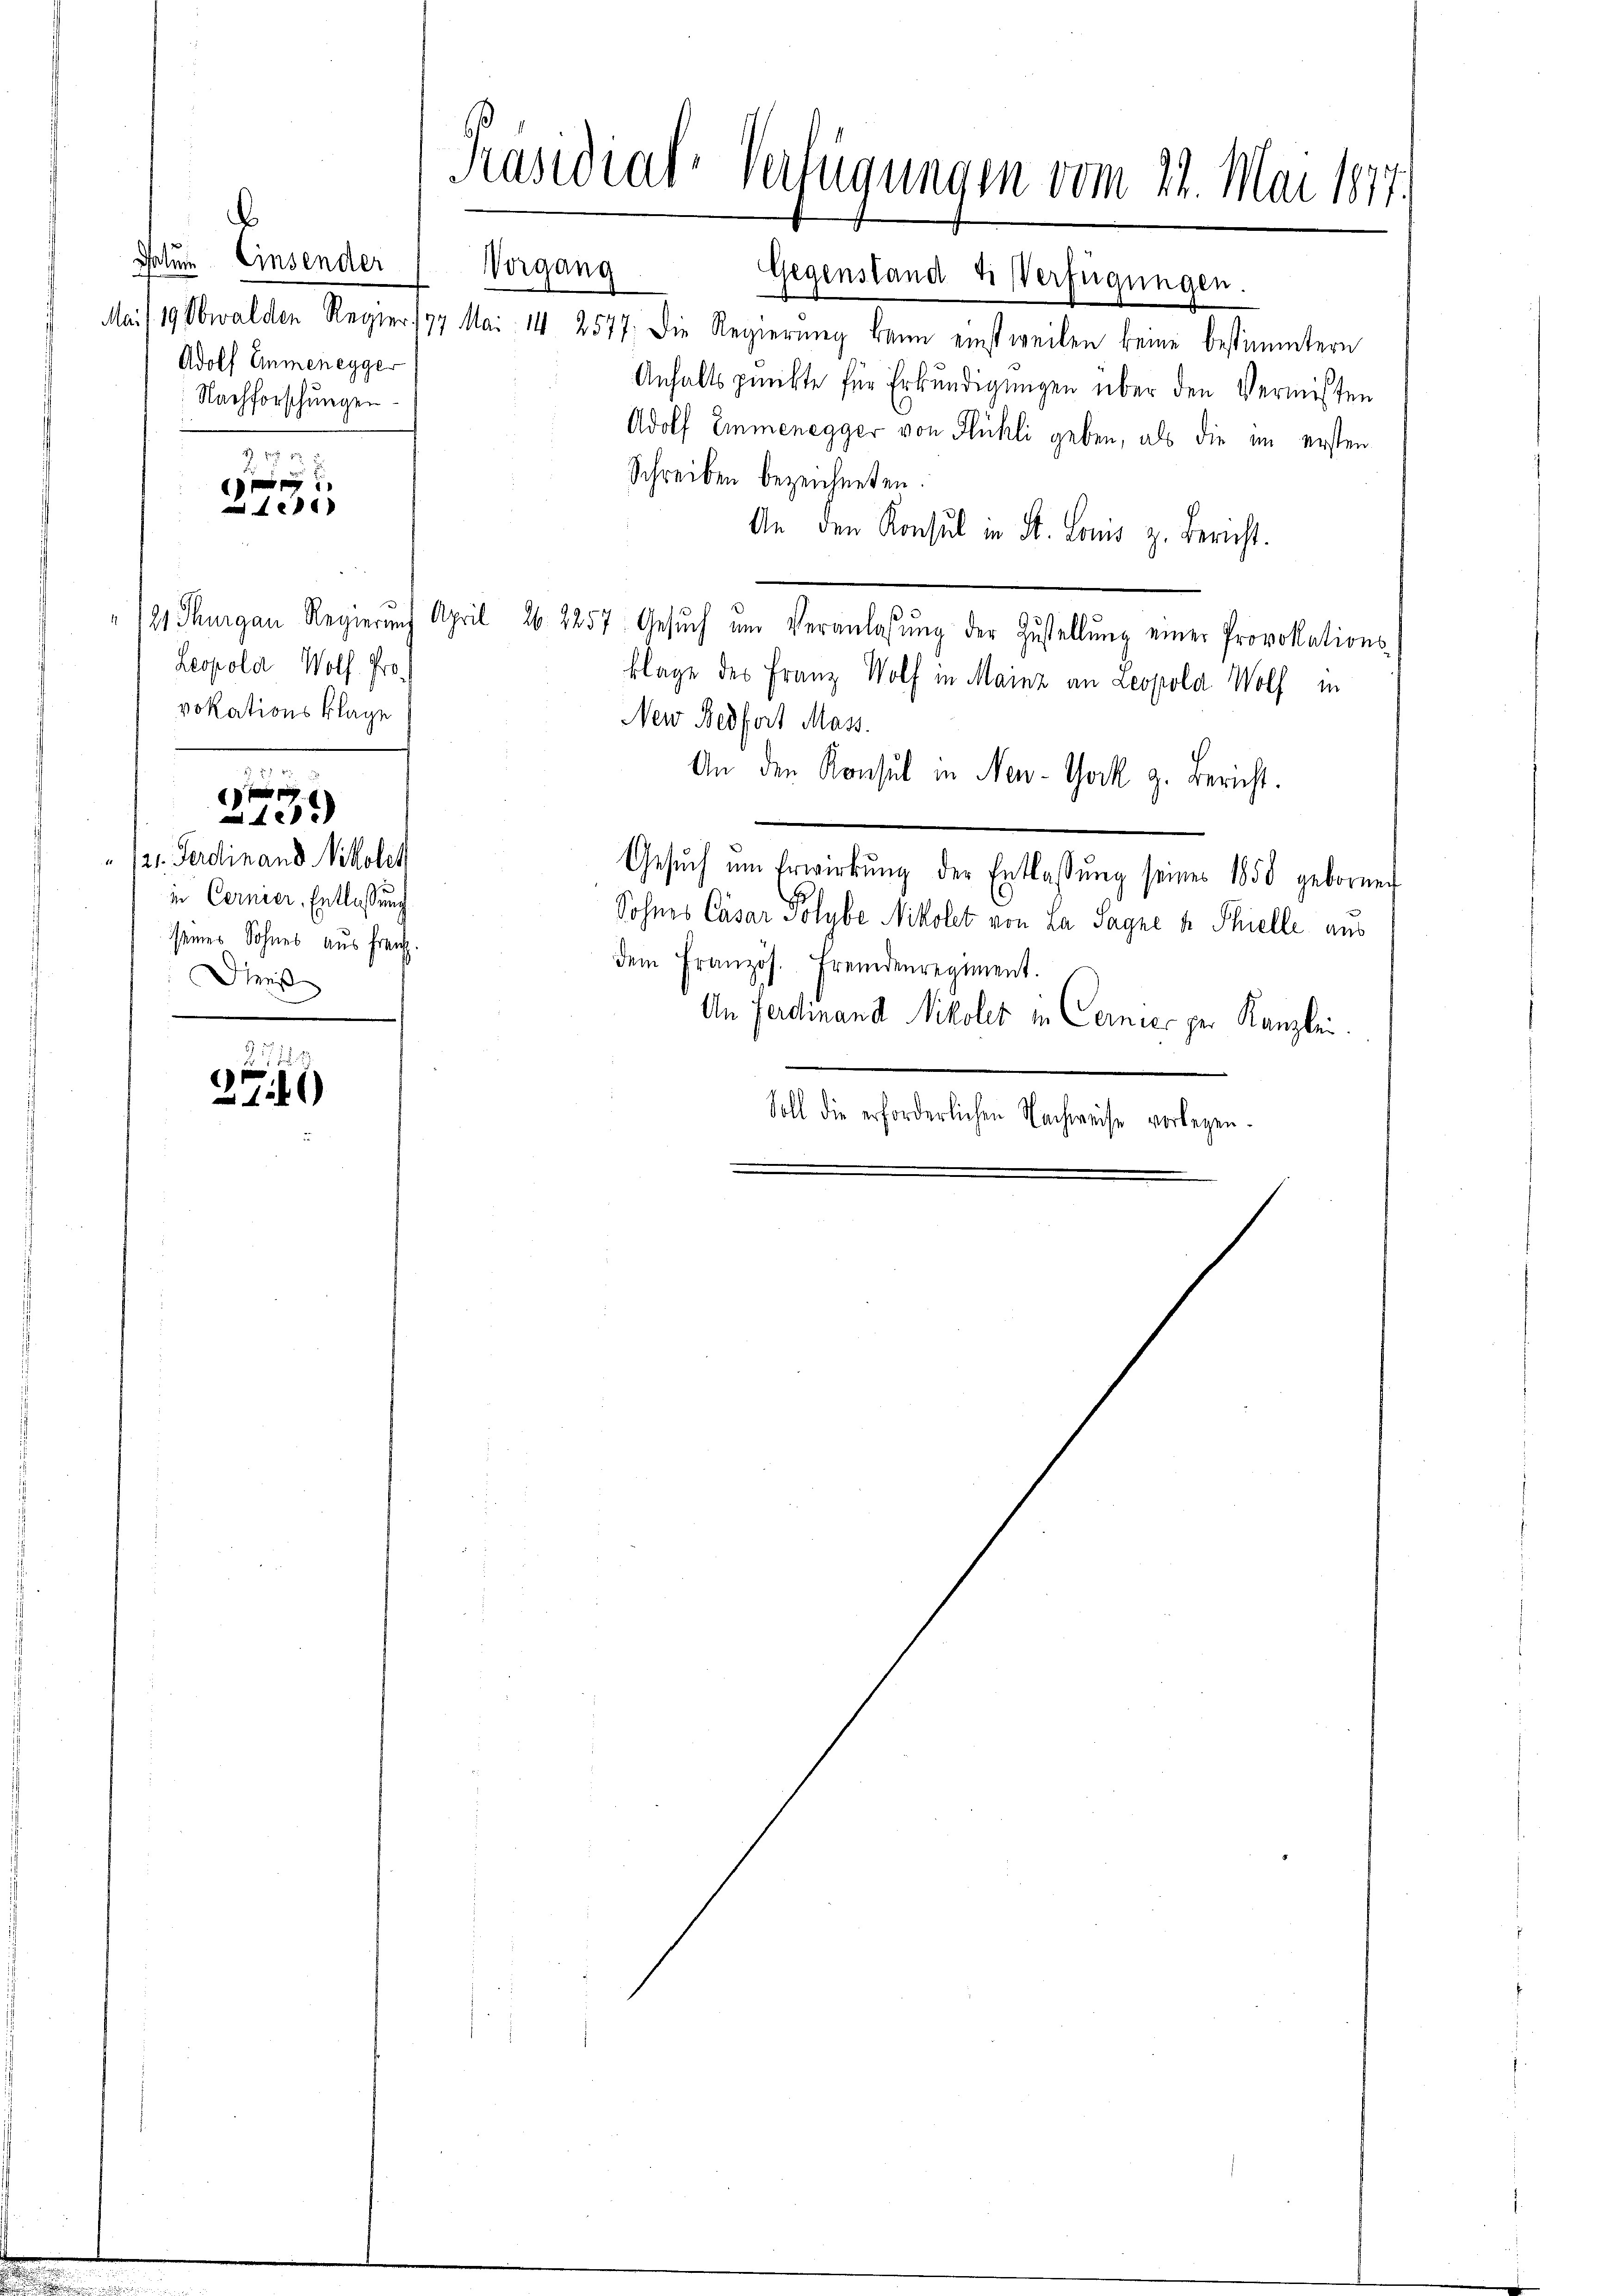
.
datum Einsender
Adolf Emmenegger
Nachforschungen.

e

Leopola Wolf. Pro
vokationsklage

/21. Ferdinand Nikolet
in Cernier, Entlassung
seines Sohnes aus freut.
Drei

t
Z 1255)

2

Präsidial-Verfügungen vom 22. Mai 1877.

Gegenstand & Verfügungen.
Mai/19. Obwalden Regier 177 Mai 14 2577. Die Regierung kann einstweilen keine bestimmtern
Anhaltspunkte für Erkundigungen über den Vermißten
Adolf Emmenegger von Flühli geben, als die im ersten
Schreiben bezeichneten.
An den Konsul in St. Louis z. Bericht.
121 Thurgau Regierŭng April 26. 2257. Gesŭch ŭm Veranlassŭng der Zustellŭng einer Provokations-
klage des Franz Wolf in Mainz an Leopola Wolf in
New Nedfort Mass.
An den Konsul in New-York z. Bericht.
Gesŭch ŭm Erwirkŭng der Entlassŭng seines 1850 gebornen
Sohnes Casar Polybe Nikolet von La Jagne u. Thielle aus
dem Französ. Fremdenregiment.
An Ferdinand Nikoler in Cernier per Kanzlei.
Soll die erforderlichen Nachweise vorlegen.

Vergang